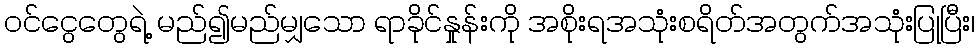
၀င်ငွေတွေရဲ့ မည်၍မည်မျှသော ရာခိုင်နှုန်းကို အစိုးရအသုံးစရိတ်အတွက်အသုံးပြုပြီး၊